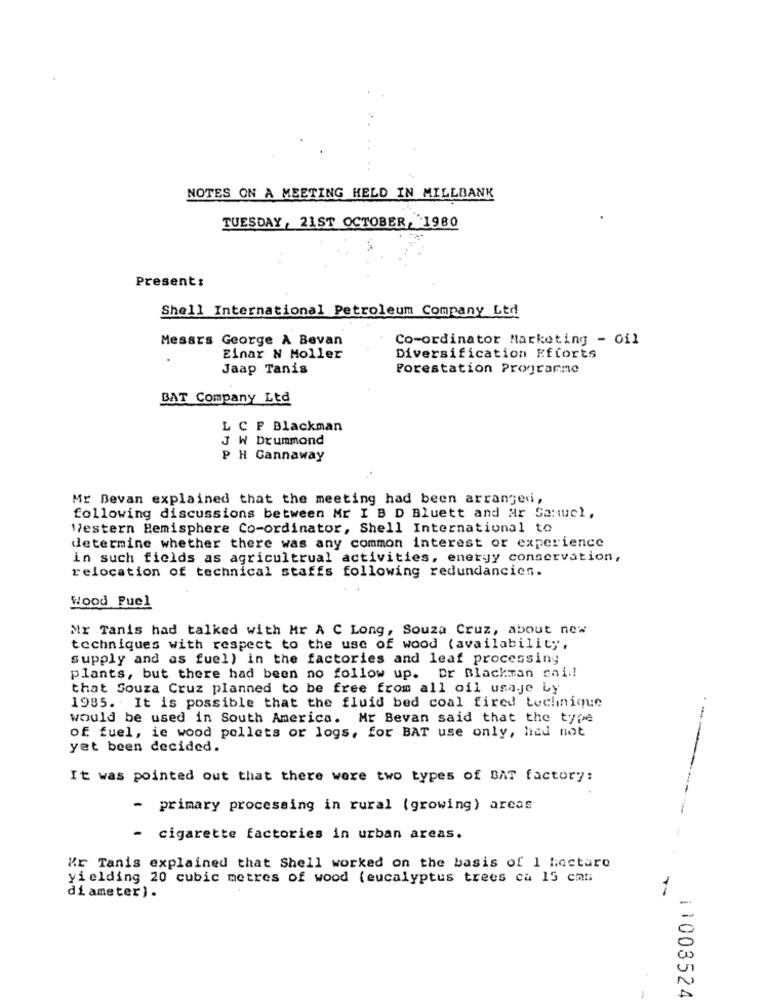
NOTES ON A MEETING HELD IN MILLBANK
TUESDAY, 21ST OCTOBER 1980
Present:
Shell International Petroleum Company Ltd
Messrs George A Bevan
Co-ordinator Marketing - oil
Einar N Moller
Diversification Efforts
Jaap Tanis
Forestation Programme
BAT Company Ltd
L C F Blackman
J W Drummond
P H Cannaway
Mr Bevan explained that the meeting had been arranged,
following discussions between Mr I B D Bluett and Ar Samuel,
Western Hemisphere Co-ordinator, Shell International to
determine whether there was any common interest or experience
in such fields as agricultrual activities, energy conservation,
relocation of technical staffs following redundancies.
Wood Puel
Mr Tanis had talked with Mr A C Long, Souza Cruz, about new
techniques with respect to the use of wood (availability,
supply and as fuel) in the factories and leaf processing
plants, but there had been no follow up. Dr Blackman onil!
that Souza Cruz planned to be free from all oil usaje Ly
1985. It is possible that the fluid bed coal fired technique
would be used in South America. Mr Bevan said that the type
of fuel, ie wood pellets or logs, for BAT use only, hed not
yet been decided.
It was pointed out that there were two types of BAT factory:
- primary processing in rural (growing) areas
- cigarette factories in urban areas.
Kr Tanis explained that Shell worked on the basis of 1 hectare
yielding 20 cubic metres of wood (eucalyptus trees ca 15 cms
diameter).
i1003524